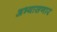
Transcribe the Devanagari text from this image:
अभ्यासणार